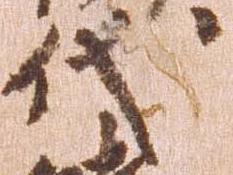
代